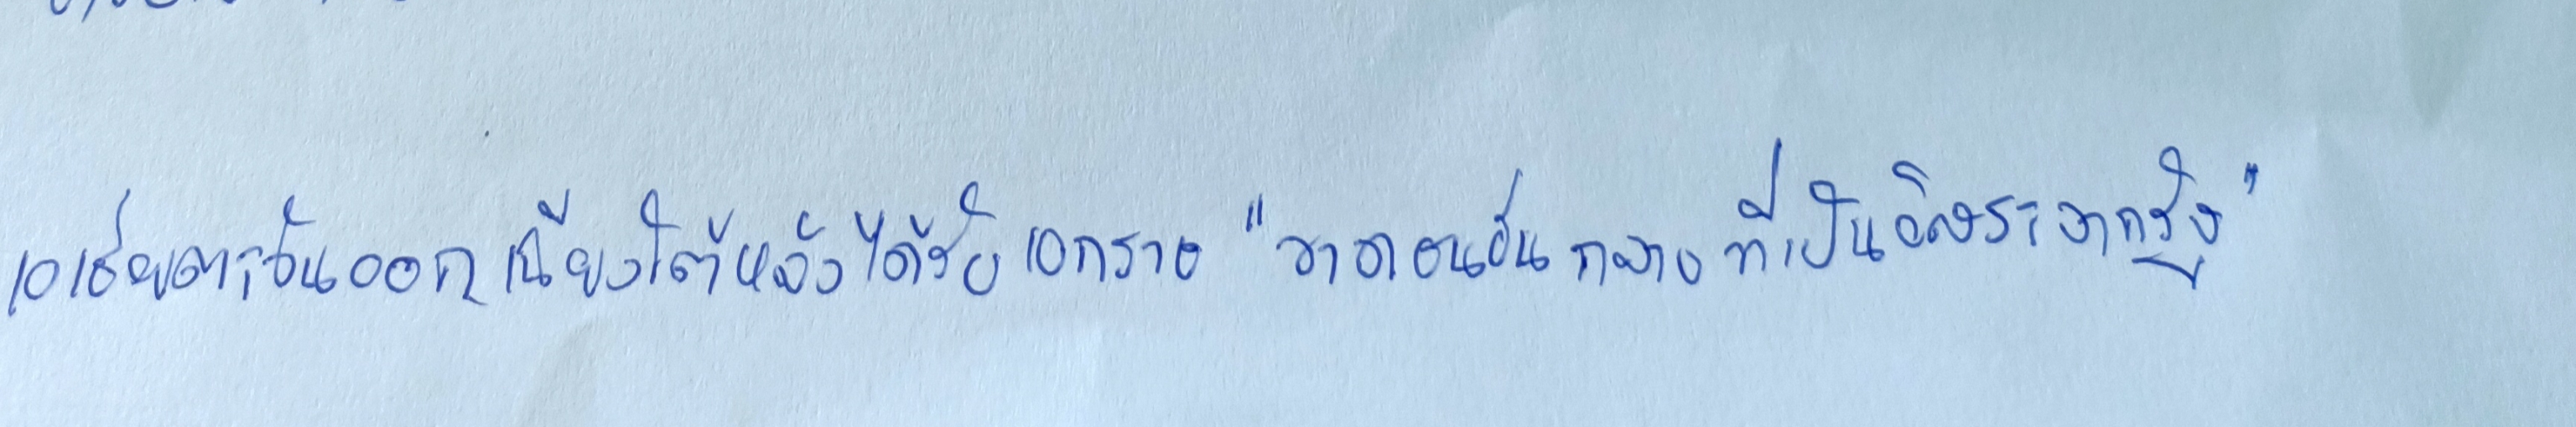
เอเชียตะวันออกเฉียงใต้หลังได้รับเอกราช"ขาดชนชั้นกลางที่เป็นอิสระจากรัฐ"